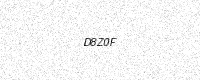
Text: D8Z0F